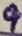
Text: 9